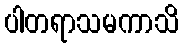
ပါတရာသမကာသိ